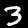
Digit: 3